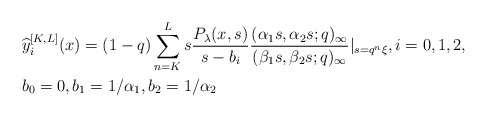
\begin{align*}& \widehat{y}_{i}^{[K,L]}(x) = (1-q) \sum_{n=K}^{L} s \frac{P_{\lambda}(x, s)}{s-b_{i}} \frac{(\alpha_1 s, \alpha_2 s;q)_{\infty}}{(\beta_1 s, \beta_2 s;q)_{\infty}} |_{s= q^n \xi}, i=0,1,2,\\& b_0=0, b_1 = 1/\alpha_1, b_2 = 1/\alpha_2\end{align*}